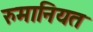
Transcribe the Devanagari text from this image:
रुमानियत